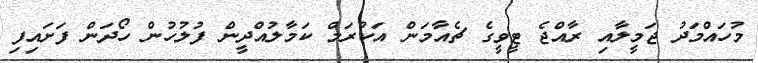
މުހައްމަދު ޖަމީލާއި ރާއްޖެ ޓީވީގެ ޗެއާމަން އަކުރަމް ކަމާލުއްދީން ފުލުހުން ހޯދަން ފަށައިފި